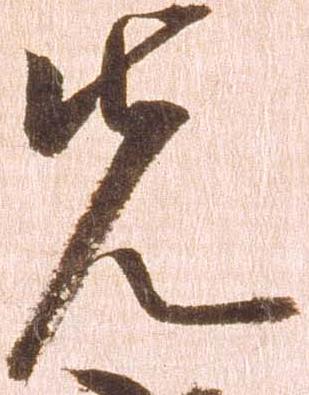
先